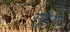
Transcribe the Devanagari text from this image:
सुमैया